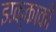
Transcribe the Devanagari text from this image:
झक्काकी